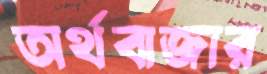
অর্থবাজার